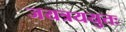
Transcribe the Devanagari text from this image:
जयत्रययुतः